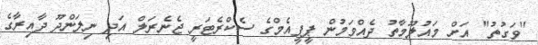
"ވަގުތު" އަށް މައުލޫމާތު ދެއްވަމުން ޕީޕީއެމްގެ ސެކްރެޓަރީ ޖެނެރަލް އަދި ނިލަންދޫ ދާއިރާގެ